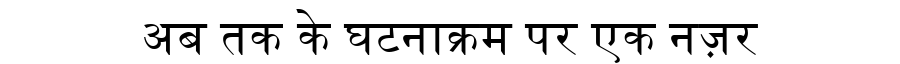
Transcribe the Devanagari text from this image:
अब तक के घटनाक्रम पर एक नज़र